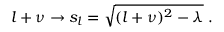
l + \nu \rightarrow s _ { l } = \sqrt { ( l + \nu ) ^ { 2 } - \lambda } \; .